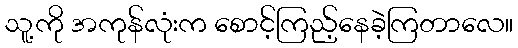
သူ့ကို အကုန်လုံးက စောင့်ကြည့်နေခဲ့ကြတာလေ။